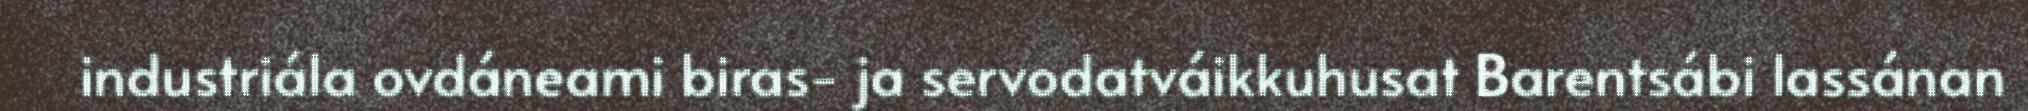
industriála ovdáneami biras- ja servodatváikkuhusat Barentsábi lassánan